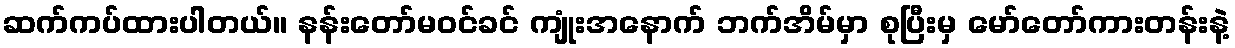
ဆက်ကပ်ထားပါတယ်။ နန်းတော်မဝင်ခင် ကျုံးအနောက် ဘက်အိမ်မှာ စုပြီးမှ မော်တော်ကားတန်းနဲ့